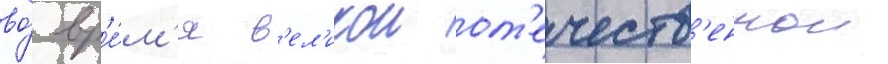
во́ вр'е́м'я в'ел'икои от'ечеств'еннои